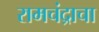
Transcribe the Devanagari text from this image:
रामचंद्राचा